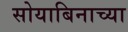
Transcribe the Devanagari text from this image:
सोयाबिनाच्या